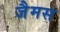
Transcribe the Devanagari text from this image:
जैमस